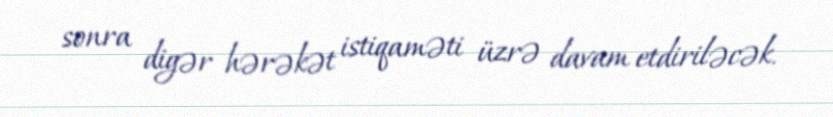
sonra digər hərəkət istiqaməti üzrə davam etdiriləcək.